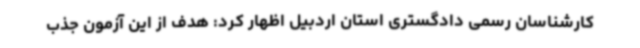
کارشناسان رسمی دادگستری استان اردبیل اظهار کرد: هدف از این آزمون جذب